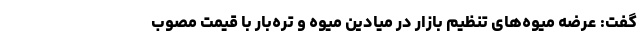
گفت: عرضه میوه‌های تنظیم بازار در میادین میوه و تره‌بار با قیمت مصوب